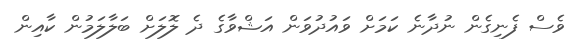
ވެސް ފެނިގެން ނުދާނެ ކަމަށް ވައުދުވަން އަޝްވާގެ ދެ ލޮލަށް ބަލާލަމުން ކާއިން